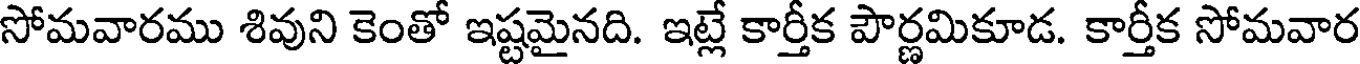
సోమవారము శివుని కెంతో ఇష్టమైనది. ఇట్లే కార్తీక పౌర్ణమికూడ. కార్తీక సోమవార